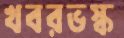
খবরভস্ক